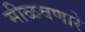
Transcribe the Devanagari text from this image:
मीळवणारे